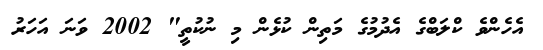
އެހެންވެ ކްލަބްގެ އެދުމުގެ މަތިން ކުޅެން މި ނުކުތީ" 2002 ވަނަ އަހަރު